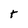
Character: t